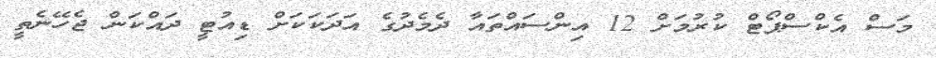
މަސް އެކްސްޕޯޓް ކުރުމަށް 12 އިންސައްތައާ ދެމެދުގެ އަދަކަކަށް ޑިއުޓީ ދައްކަން ޖެހޭނެތީ